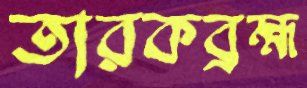
তারকব্রহ্ম